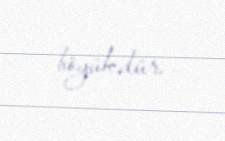
böyükdür.